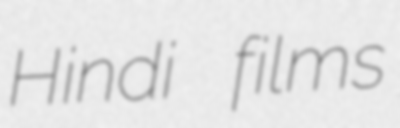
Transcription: Hindi films